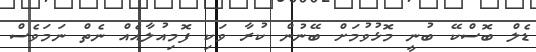
ޑެލް ބޮސްކޭ ބުނީ މޮޅުވުމަށް ބޭނުން ކުރާ ވަކި ފޮމިއުލާއެއް ނެތް ނަމަވެސް